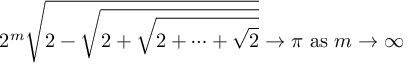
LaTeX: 2 ^ { m } { \sqrt { 2 - { \sqrt { 2 + { \sqrt { 2 + \cdots + { \sqrt { 2 } } } } } } } } \to \pi { \mathrm { ~ a s ~ } } m \to \infty